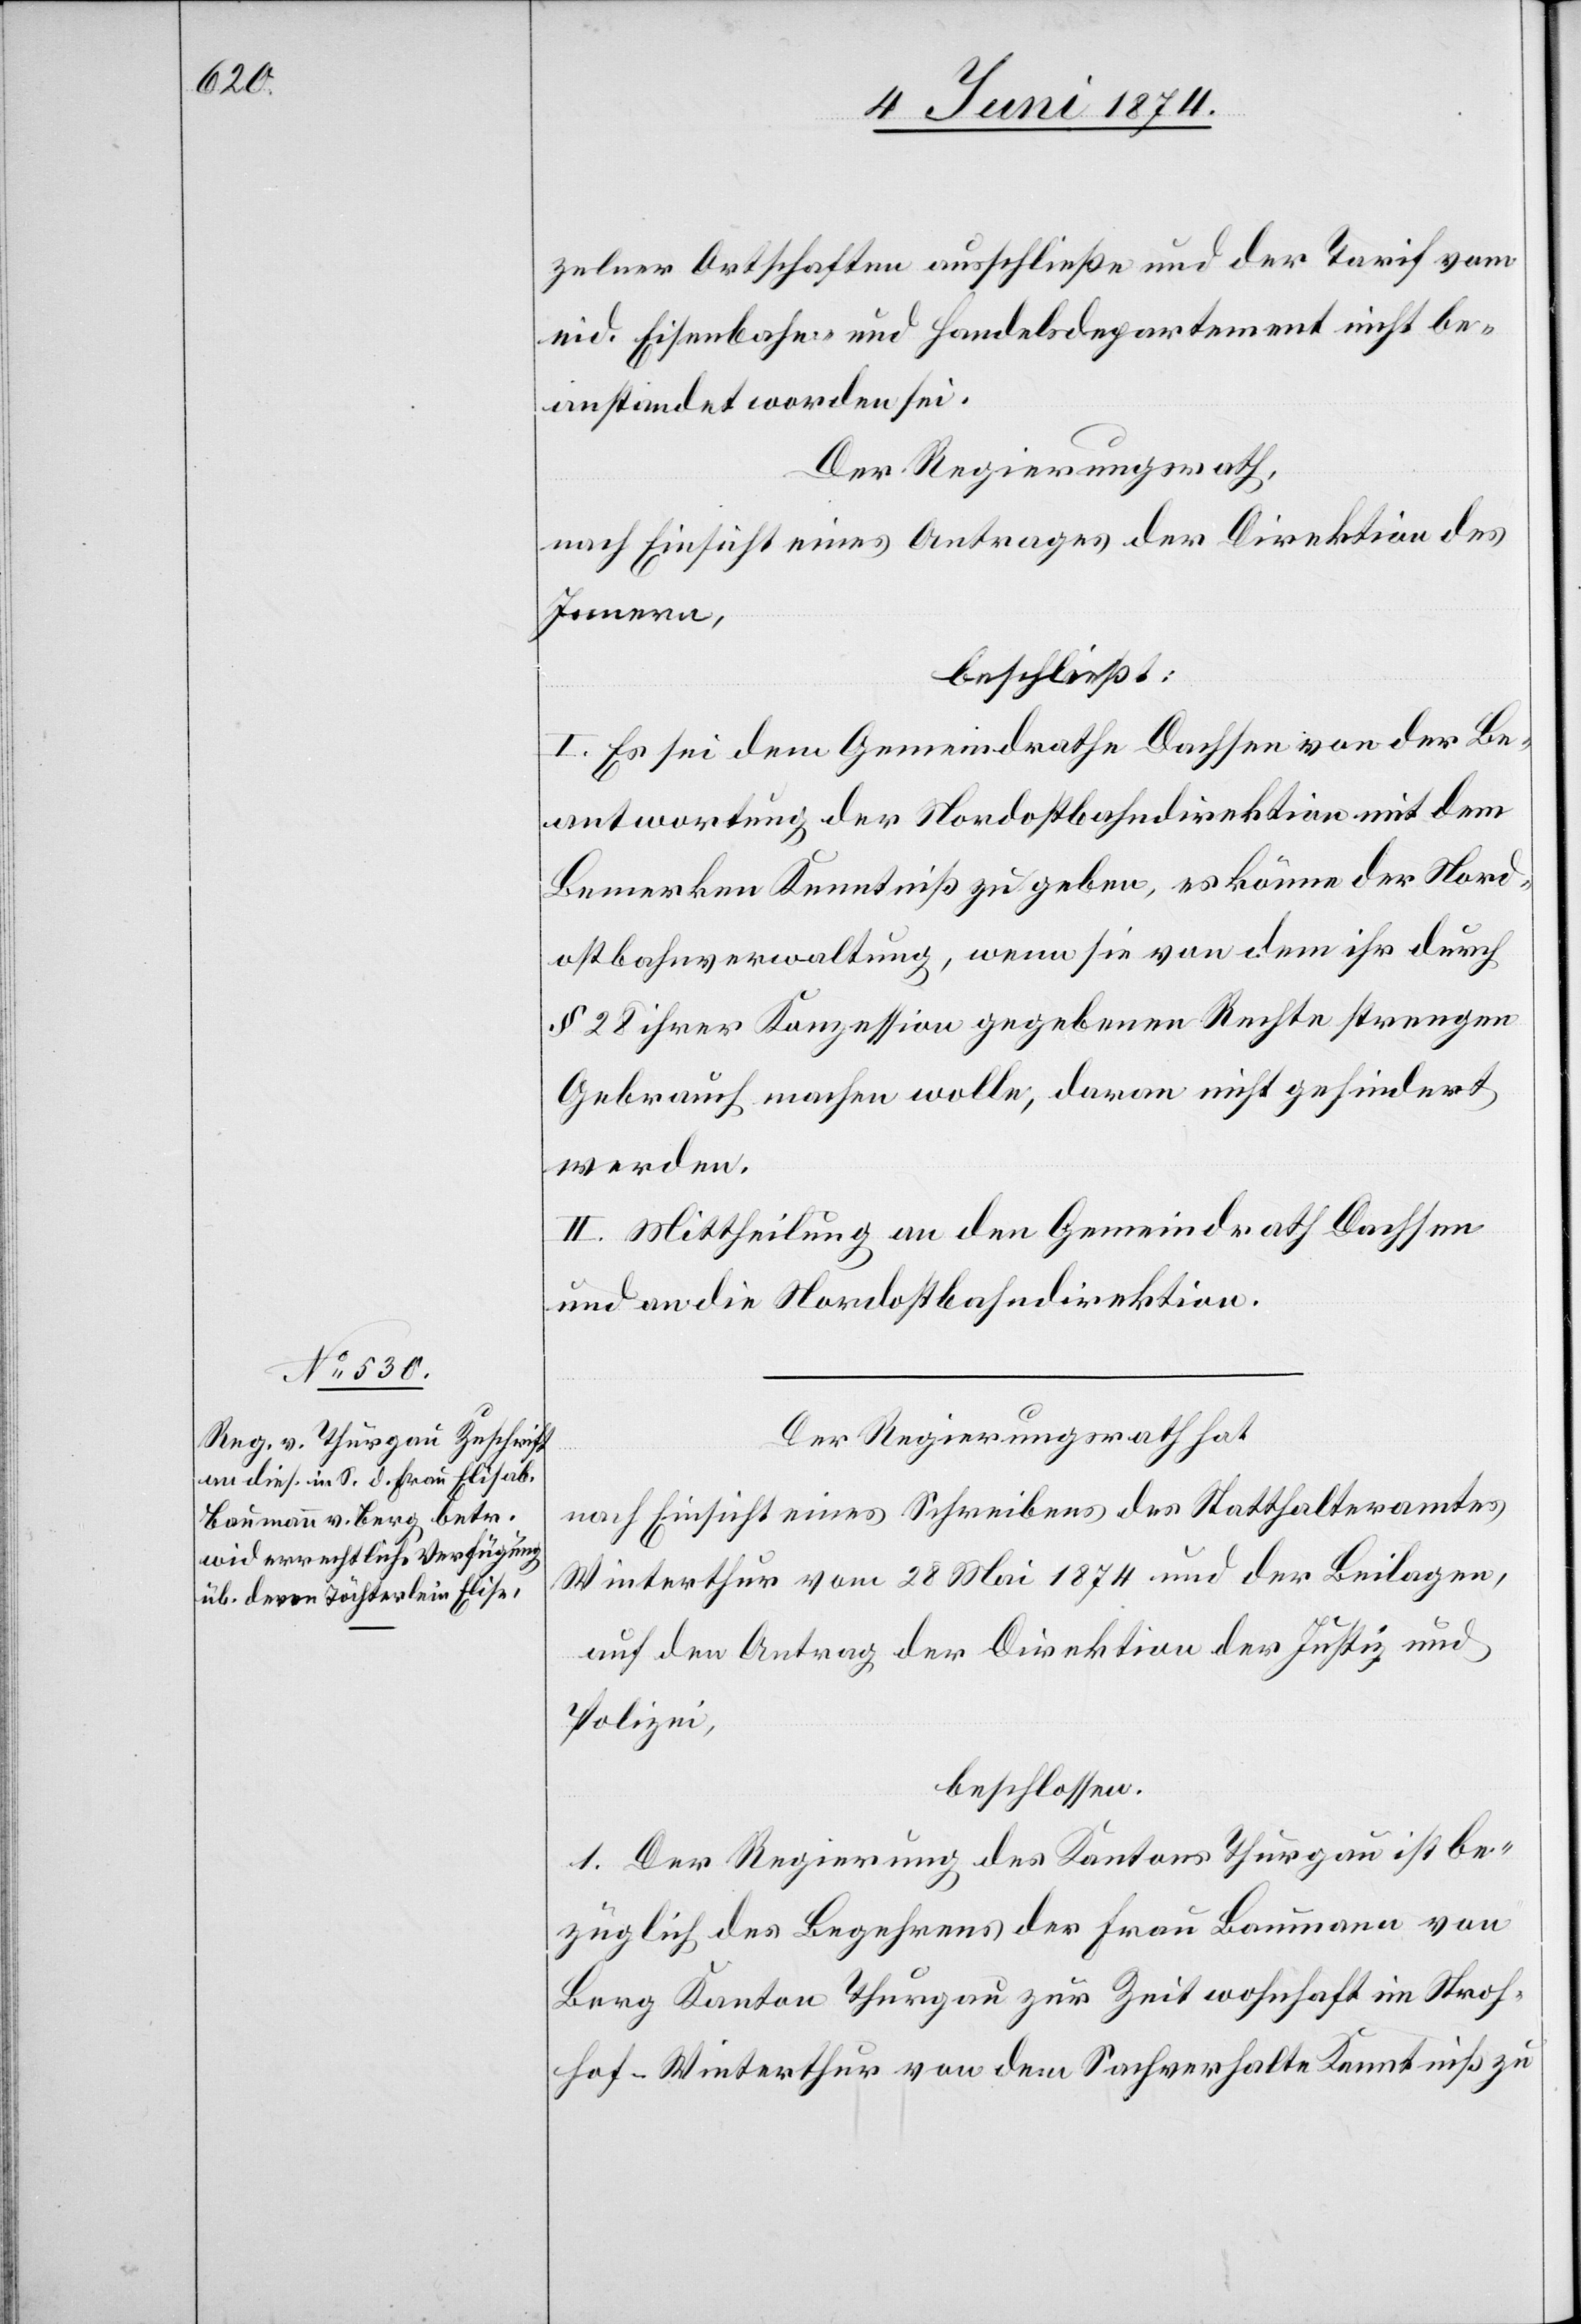
zelner Ortschaften ausschließe und der Tarif vom
eid. Eisenbahn und Handelsdepartement nicht be¬
anstandet worden sei.
Der Regierungsrath,
nach Einsicht eines Antrages der Direktion des
Innern,
beschließt:
I. Es sei dem Gemeindrathe Dachsen von der Be¬
antwortung der Nordostbahndirektion mit dem
Bemerken Kenntniß zu geben, es könne der Nord¬
ostbahnverwaltung, wenn sie von dem ihr durch
§ 28 ihrer Konzession gegebenen Rechte strengen
Gebrauch machen wolle, daran nicht gehindert
werden.
II. Mittheilung an den Gemeindrath Dachsen
und an die Nordostbahndirektion.
Der Regierungsrath hat
nach Einsicht eines Schreibens des Statthalteramtes
Winterthur vom 28. Mai 1874 und der Beilagen,
auf den Antrag der Direktion der Justiz und
Polizei,
beschlossen:
1. Der Regierung des Kantons Thurgau ist be¬
züglich des Begehrens der Frau Baumann von
Berg Kanton Thurgau zur Zeit wohnhaft in Stroh¬
hof-Winterthur von dem Sachverhalte Kenntniß zu